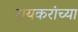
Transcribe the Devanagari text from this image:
रायकरांच्या